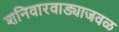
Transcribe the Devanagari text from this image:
शनिवारवाड्याजवळ